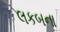
લકબના